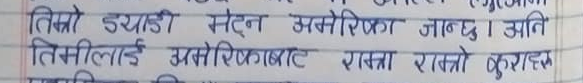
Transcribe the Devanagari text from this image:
तिम्रो डयाडी मेटन अमेरिका जान्छ । अनि
तिमीलाई अमेरिकाबाट राम्रो राम्रो कुराहरू